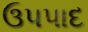
ઉપપાદ